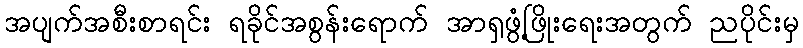
အပျက်အစီးစာရင်း ရခိုင်အစွန်းရောက် အာရှဖွံ့ဖြိုးရေးအတွက် ညပိုင်းမှ